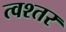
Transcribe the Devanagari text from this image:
त्वश्तर